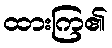
ထားကြ၏